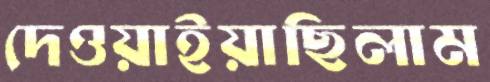
দেওয়াইয়াছিলাম